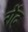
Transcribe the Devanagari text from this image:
रोंद